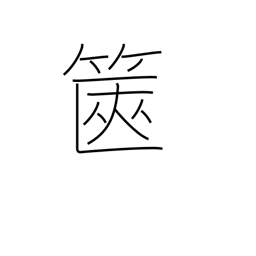
Meaning: box